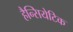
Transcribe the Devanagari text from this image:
हैन्सियेटिक